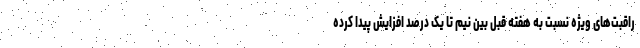
راقبت‌های ویژه نسبت به هفته قبل بین نیم تا یک درصد افزایش پیدا کرده